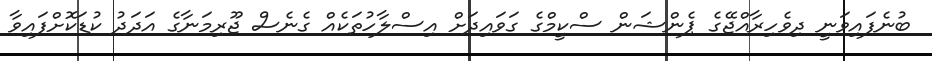
ބުނެފައިވަނީ ދިވެހިރާއްޖޭގެ ޕެންޝަން ސްކީމްގެ ގަވައިދަށް އިސްލާހުތަކެއް ގެނެސް ޖޫރިމަނާގެ އަދަދު ކުޑަކޮށްފައިވާ